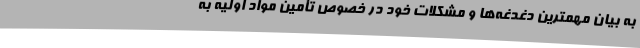
به بیان مهمترین دغدغه‌ها و مشکلات خود در خصوص تأمین مواد اولیه به